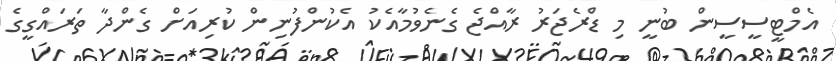
އެމްޓީސީސީން ބުނީ މި ޑްރެޖަރު ރާއްޖެ ގެނެވުމާއެކު އެކުންފުނިން ކުރިއަށް ގެންދާ ތަރައްގީގެ